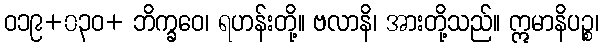
ဝ၁၉+၀၃ဝ+ ဘိက္ခဝေ၊ ရဟန်းတို့။ ဗလာနိ၊ အားတို့သည်။ ဣမာနိပဉ္စ၊